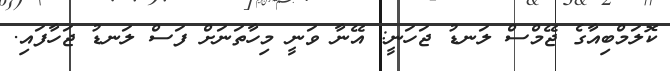
ކޮލަމްބިއާގެ ޖޭމްސް ލަނޑު ޖަހަނީ: އޭނާ ވަނީ މިހާތަނަށް ފަސް ލަނޑު ޖަހާފައި.